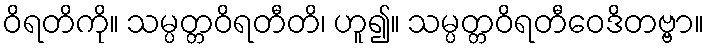
ဝိရတိကို။ သမ္ပတ္တဝိရတီတိ၊ ဟူ၍။ သမ္ပတ္တဝိရတီဝေဒိတဗ္ဗာ။